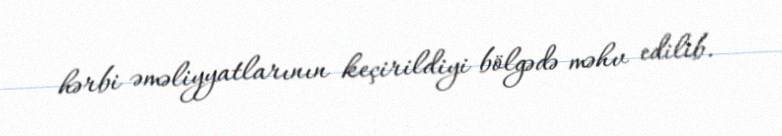
hərbi əməliyyatlarının keçirildiyi bölgədə məhv edilib.